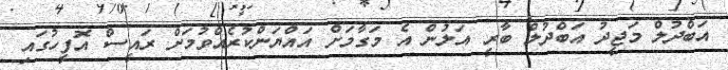
އަބްދުލް މަޖީދު އަބްދުލް ބާރީ އަލުން އެ މަގާމަށް އައްޔަންކުރެއްވުމަށް ރައީސް އޮފީހުގައި